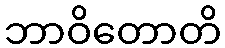
ဘာဝိတောတိ